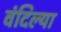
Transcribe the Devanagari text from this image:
वंदिल्या